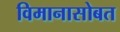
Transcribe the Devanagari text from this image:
विमानासोबत